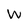
Character: W